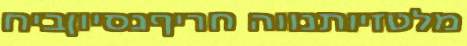
מלטזיותנווה חריףנסיוןביח